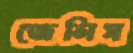
জেলিস